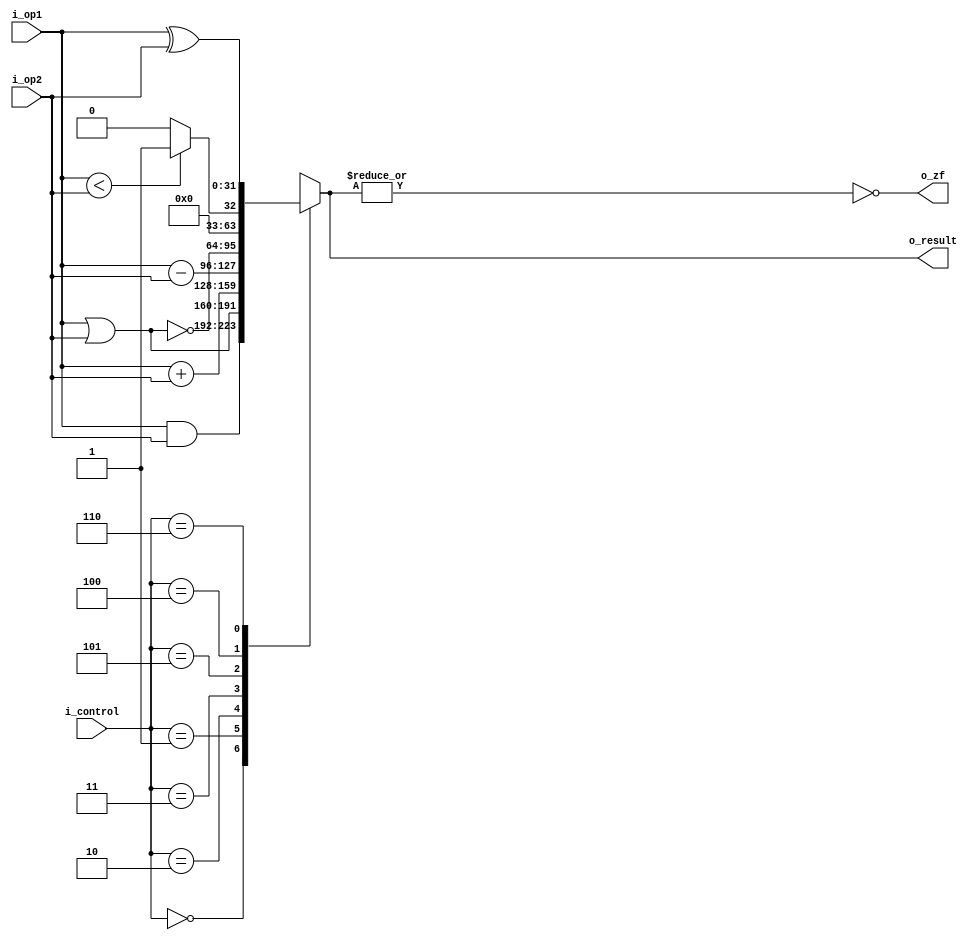
module alu(
		i_op1, 
		i_op2, 
		i_control, 
		o_result, 
		o_zf
	);

	localparam [5:0] 
	AND = 0, 
	OR  = 1, 
	ADD = 2, 
	SUB = 3, 
	SLT = 4, 
	NOR = 5,
    XOR = 6; 
	
	input       [31:0]  i_op1, i_op2;
	input       [5:0]   i_control;
	output reg  [31:0]  o_result;
	output reg          o_zf;

	assign o_zf = ~|o_result;

	always@(*) begin
		case (i_control)
			AND: o_result = i_op1 & i_op2;
			OR:  o_result = i_op1 | i_op2;
			ADD: o_result = i_op1 + i_op2;
			SUB: o_result = i_op1 - i_op2;
			NOR: o_result = ~(i_op1 | i_op2);
			SLT: o_result = (i_op1<i_op2) ? 1 : 0;
			XOR: o_result = i_op1 ^ i_op2;
			default o_result  = 32'bx;
		endcase	
	end 

endmodule